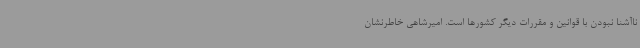
ناآشنا نبودن با قوانین و مقررات دیگر کشورها است. امیرشاهی خاطرنشان